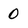
Character: 0